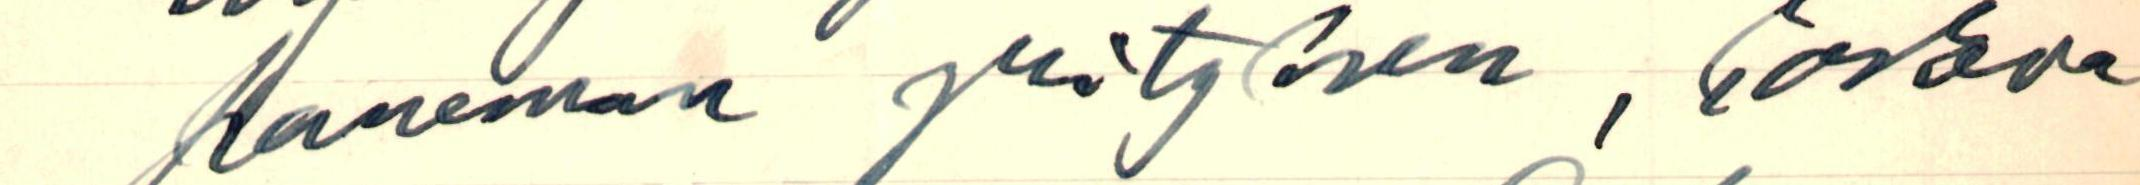
paneman yrityksen, koskien